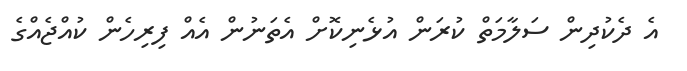
އެ ދެކުދިން ސަލާމަތް ކުރަން އުޅެނިކޮށް އެތަނުން އެއް ފިރިހެން ކުއްޖެއްގެ